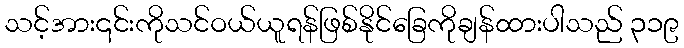
သင့်အား၎င်းကိုသင်ဝယ်ယူရန်ဖြစ်နိုင်ခြေကိုချန်ထားပါသည် ၃၁၉